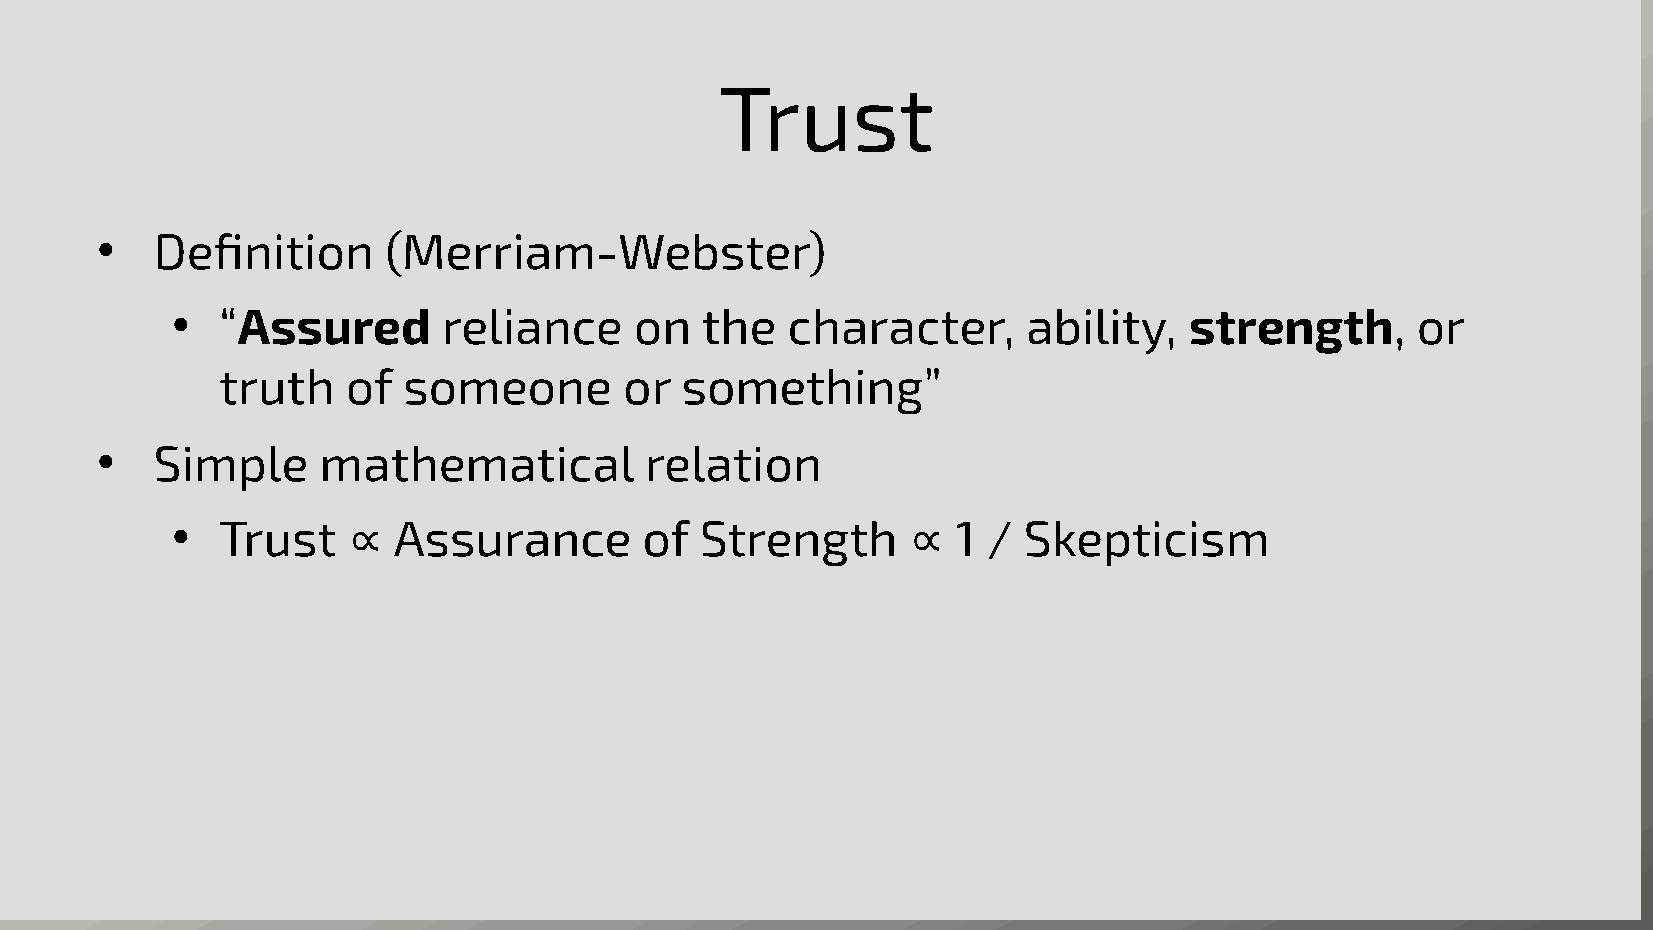
Trust
 ●   Definition     (Merriam-Webster)
 ●  “Assured       reliance     on  the   character,      ability,   strength,      or
 truth    of  someone       or  something”
 ●   Simple     mathematical          relation
 ●  Trust    ∝  Assurance        of Strength      ∝  1 /  Skepticism